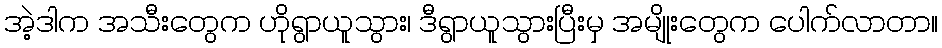
အဲ့ဒါက အသီးတွေက ဟိုရွာယူသွား၊ ဒီရွာယူသွားပြီးမှ အမျိုးတွေက ပေါက်လာတာ။